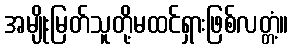
အမျိုးမြတ်သူတို့မထင်ရှားဖြစ်လတ္တံ့။